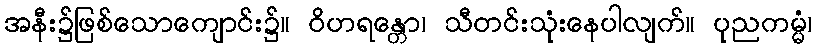
အနီး၌ဖြစ်သောကျောင်း၌။ ဝိဟရန္တော၊ သီတင်းသုံးနေပါလျက်။ ပုညကမ္မံ၊